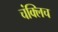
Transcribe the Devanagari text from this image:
चंक्लिच